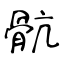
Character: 骯